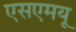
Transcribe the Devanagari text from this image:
एसएमयू